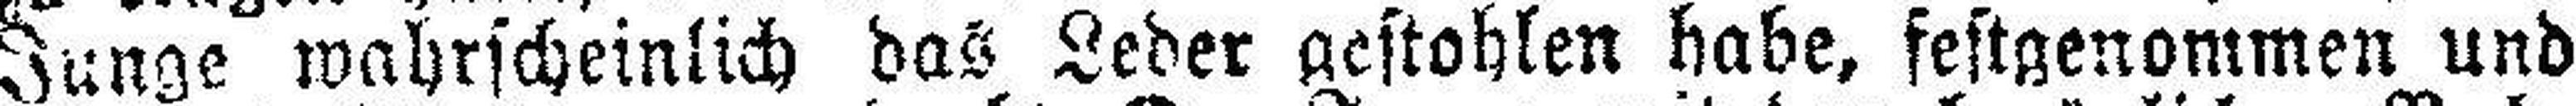
Junge wahrscheinlich das Leder gestohlen habe, festgenommen und